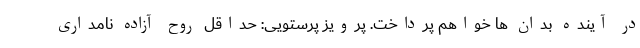
در آینده بدان ها خواهم پرداخت. پرویز پرستویی: حداقل روح آزاده نامداری